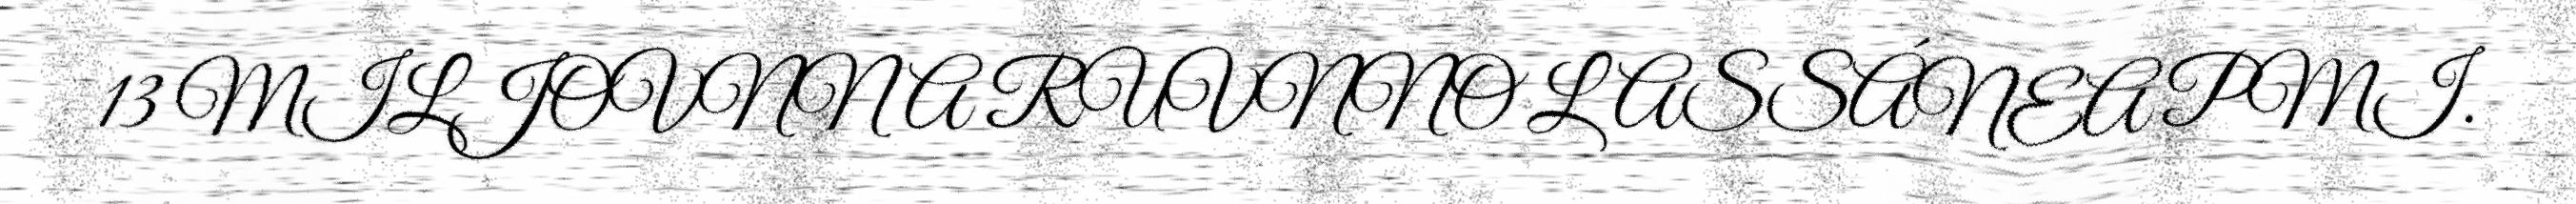
13 MILJOVNNA RUVNNO LASSÁNEAPMI.